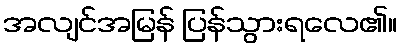
အလျင်အမြန် ပြန်သွားရလေ၏။